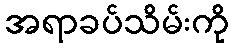
အရာခပ်သိမ်းကို